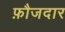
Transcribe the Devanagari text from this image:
फ़ौजदार